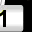
Digit: 1